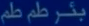
بُغْرَ طَم